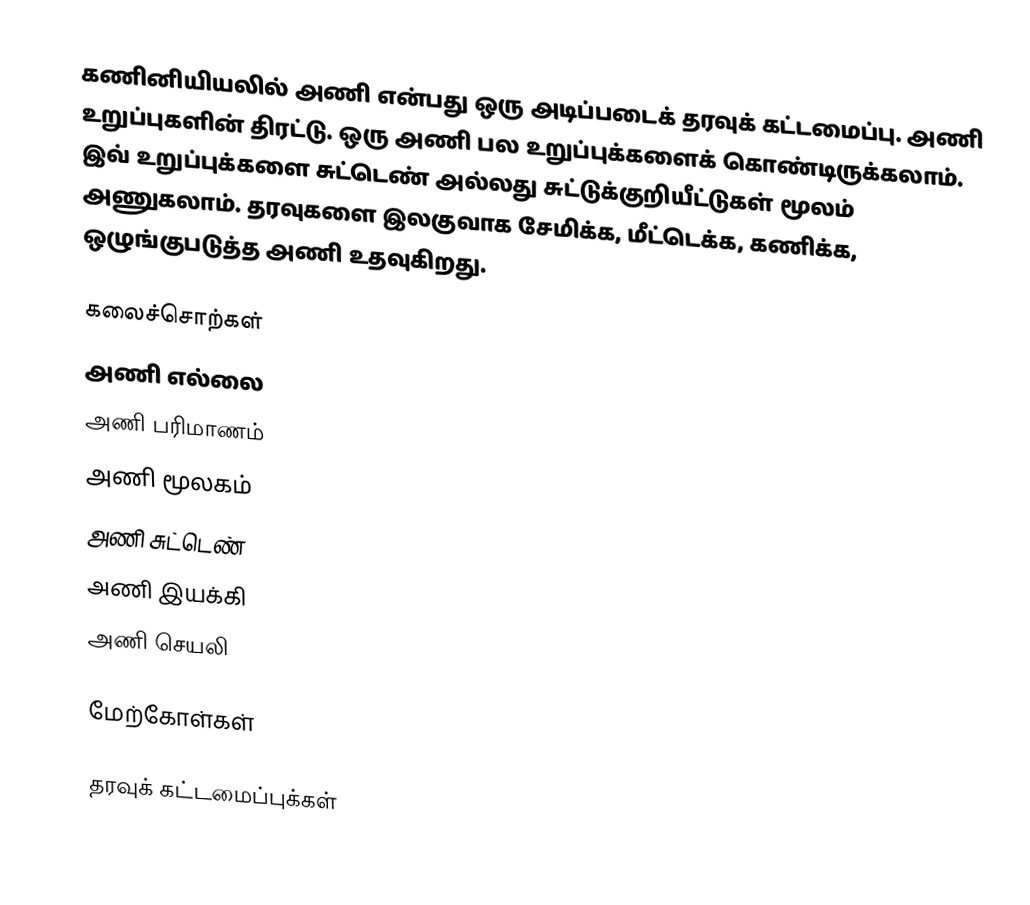
கணினியியலில் அணி என்பது ஒரு அடிப்படைக் தரவுக் கட்டமைப்பு. அணி உறுப்புகளின் திரட்டு. ஒரு அணி பல உறுப்புக்களைக் கொண்டிருக்கலாம். இவ் உறுப்புக்களை சுட்டெண் அல்லது சுட்டுக்குறியீட்டுகள் மூலம் அணுகலாம். தரவுகளை இலகுவாக சேமிக்க, மீட்டெக்க, கணிக்க, ஒழுங்குபடுத்த அணி உதவுகிறது.

கலைச்சொற்கள்
 அணி எல்லை
 அணி பரிமாணம்
 அணி மூலகம்
 அணி சுட்டெண்
 அணி இயக்கி
 அணி செயலி

மேற்கோள்கள்

தரவுக் கட்டமைப்புக்கள்